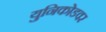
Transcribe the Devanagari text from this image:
युनिकोडवर